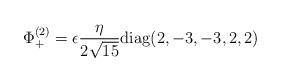
LaTeX: \begin{align*}\Phi_+^{(2)}=\epsilon {\eta\over {2\sqrt{15}}} {\rm diag} (2,-3,-3,2,2)\end{align*}